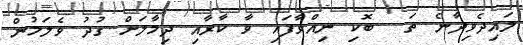
ލައިދެވިދާނެ ތަ  ބޮކި ނިއްވާފައި ވާ ކާރާއި ދިމާލަށް ގުދު ވެލަމުން